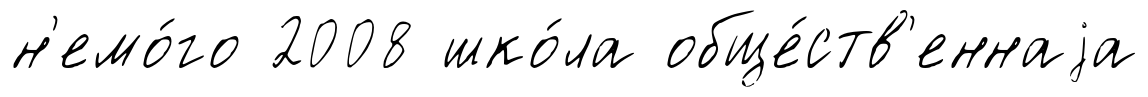
н'емо́го 2008 шко́ла обще́ств'еннаjа